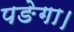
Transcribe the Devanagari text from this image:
पङेगा।